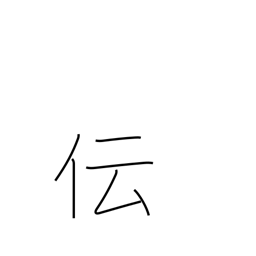
Meaning: communicate